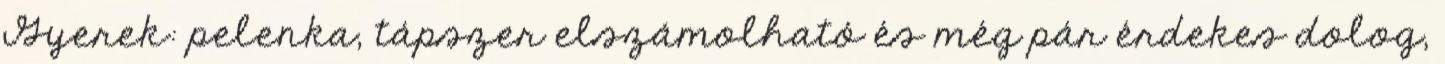
Gyerek: pelenka, tápszer elszámolható és még pár érdekes dolog,